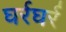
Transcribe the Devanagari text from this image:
घर्रघर्र